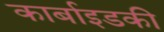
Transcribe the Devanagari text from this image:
कार्बाइडकी